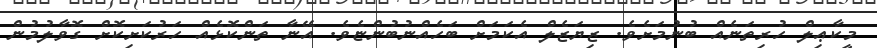
މީކާޢިލް ހުރިތަނެއް ބުނުމަށެވެ. ޒިޔަޒެލް އެކަމަށް ބަހެއްނުބުންޏެވެ. އޭނާ ތަންކޮޅެއް ހަރުކަށިކޮށް ގޮވާލުމުން